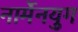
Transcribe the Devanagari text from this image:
नार्मेनयुग